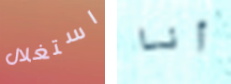
استغلال أنا